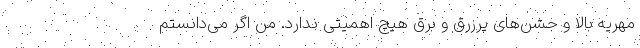
مهریه بالا و جشن‌های پرزرق و برق هیچ اهمیتی ندارد. من اگر می‌دانستم